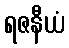
ရဇနီယံ